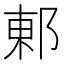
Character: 𮟽